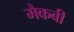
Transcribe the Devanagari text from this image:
मैकबी